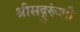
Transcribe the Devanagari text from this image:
श्रीसद्गुरूंशी